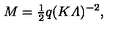
M = { \textstyle \frac { 1 } { 2 } } q ( K { \mit \Lambda } ) ^ { - 2 } ,